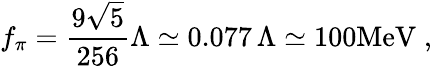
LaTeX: f_{\pi}=\frac{9\sqrt{5}}{256}\Lambda\simeq 0.077\, \Lambda\simeq 100\mathrm{MeV}\; ,